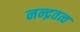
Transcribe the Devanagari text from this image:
नन्द्नतत्व